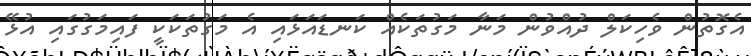
އެގޮތުން ވެހިކަލް ދުއްވުން މަނާ މަގުތަކެއް ކަނޑައަޅައި އެ މަގުތަކަކީ ފައިމަގުގައި އުޅޭ